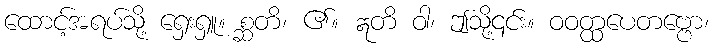
ထောင့်အရပ်သို့ ရှေးရှူ။ စ္ဆတိ၊ ၏။ ဣတိ ဝါ၊ ဤသို့၎င်း။ ဝဝတ္ထပေတဗ္ဗော၊